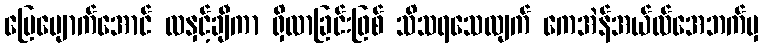
ပြေပျောက်အောင် လနှင့်ချီကာ ရှိလာခြင်းဖြစ် သိသရသေလျက် ကေအဲန်အယ်လ်အေဘက်မှ